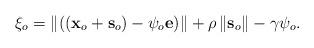
LaTeX: \begin{align*}{{\xi }_{o}}=\left\| \left( ({{\mathbf{x}}_{o}}+{{\mathbf{s}}_{o}})-{{\psi }_{o}}\mathbf{e} \right) \right\|+\rho \left\| {{\mathbf{s}}_{o}} \right\|-\gamma {{\psi }_{o}}.\end{align*}